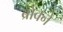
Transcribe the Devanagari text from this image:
ब्रोवने